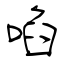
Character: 啗